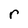
Character: r